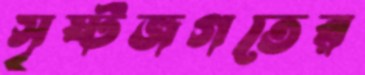
সৃষ্টজগতের